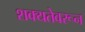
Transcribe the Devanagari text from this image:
शक्यतेवरून